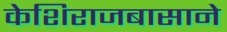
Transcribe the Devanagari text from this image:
केशिराजबासाने